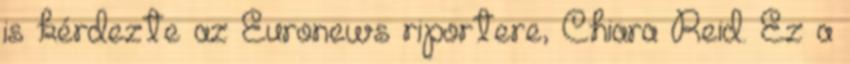
is kérdezte az Euronews riportere, Chiara Reid. Ez a